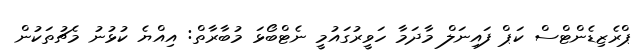
ޕްރެޒިޑެންޓްސް ކަޕް ފައިނަލް މާދަމާ ހަވީރުގައުމީ ނެޓްބޯޅަ މުބާރާތް: އިއްޔެ ކުޅުނު މެޗުތަކުން